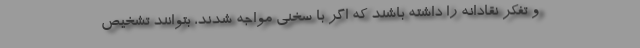
و تفکر نقادانه را داشته باشند که اگر با سخنی مواجه شدند، بتوانند تشخیص